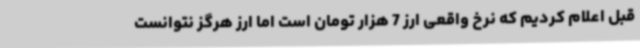
قبل اعلام کردیم که نرخ واقعی ارز 7 هزار تومان است اما ارز هرگز نتوانست